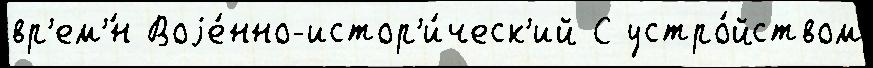
вр'ем'́н Воjе́нно-истор'и́ческ'ий С устро́йством